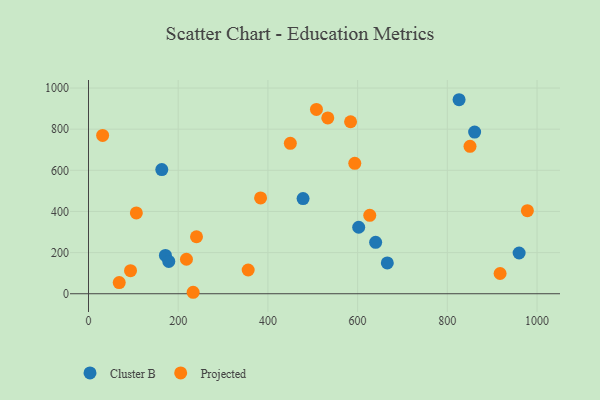
{"axis": {"x": "Distance", "y": "Profit"}, "legend": ["Cluster B", "Projected"], "data": [{"x": "960.1", "y": 198.0, "type": "Cluster B"}, {"x": "860.9", "y": 785.9, "type": "Cluster B"}, {"x": "640.2", "y": 249.8, "type": "Cluster B"}, {"x": "163.4", "y": 603.5, "type": "Cluster B"}, {"x": "602.4", "y": 323.1, "type": "Cluster B"}, {"x": "478.4", "y": 462.6, "type": "Cluster B"}, {"x": "666.2", "y": 149.7, "type": "Cluster B"}, {"x": "171.5", "y": 186.2, "type": "Cluster B"}, {"x": "179.0", "y": 157.2, "type": "Cluster B"}, {"x": "826.2", "y": 943.1, "type": "Cluster B"}, {"x": "584.3", "y": 836.0, "type": "Projected"}, {"x": "508.2", "y": 895.8, "type": "Projected"}, {"x": "978.5", "y": 404.0, "type": "Projected"}, {"x": "68.5", "y": 54.2, "type": "Projected"}, {"x": "240.8", "y": 277.1, "type": "Projected"}, {"x": "533.5", "y": 854.5, "type": "Projected"}, {"x": "106.7", "y": 392.8, "type": "Projected"}, {"x": "383.7", "y": 465.5, "type": "Projected"}, {"x": "356.0", "y": 115.3, "type": "Projected"}, {"x": "93.7", "y": 111.9, "type": "Projected"}, {"x": "593.7", "y": 633.9, "type": "Projected"}, {"x": "450.0", "y": 731.3, "type": "Projected"}, {"x": "917.7", "y": 98.3, "type": "Projected"}, {"x": "627.1", "y": 381.1, "type": "Projected"}, {"x": "233.3", "y": 7.1, "type": "Projected"}, {"x": "31.5", "y": 769.5, "type": "Projected"}, {"x": "218.4", "y": 167.6, "type": "Projected"}, {"x": "850.6", "y": 716.4, "type": "Projected"}]}